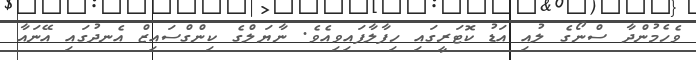
ވެހެމުންދާ ސްނޯގެ ލުއި އަޑު ކޮޓަރީގައި ހިފާލާފައިވިއެވެ. ނާޔަލްގެ ކިންގްސައިޒް އެނދުގައި އޭނައާ